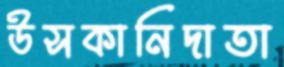
উসকানিদাতা